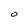
Character: 0